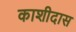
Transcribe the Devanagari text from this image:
काशीदास